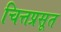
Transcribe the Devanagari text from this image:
चित्तप्रसूत